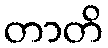
တာတိ